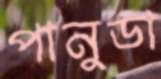
পানুডা